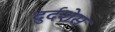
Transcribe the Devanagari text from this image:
दुर्दशेस